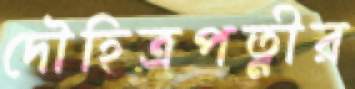
দৌহিত্রপত্নীর